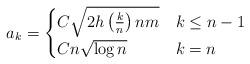
LaTeX: \begin{align*} a_k = \begin{cases} C \sqrt{ 2 h\left(\frac{k}{n} \right) n m} & k \le n-1\\ C n \sqrt{\log n} & k=n \end{cases} \, \end{align*}